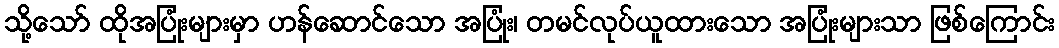
သို့သော် ထိုအပြုံးများမှာ ဟန်ဆောင်သော အပြုံး၊ တမင်လုပ်ယူထားသော အပြုံးများသာ ဖြစ်ကြောင်း